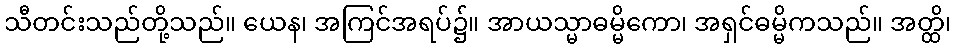
သီတင်းသည်တို့သည်။ ယေန၊ အကြင်အရပ်၌။ အာယသ္မာဓမ္မိကော၊ အရှင်ဓမ္မိကသည်။ အတ္ထိ၊